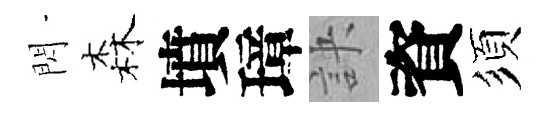
閃森墳璋訣資須